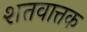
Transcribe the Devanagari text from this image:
शतवात्तक